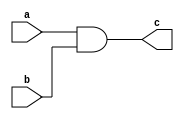
`timescale 1ns / 1ps

module And_Gate(input a,b, output c );

and and1 (c, a,b);
endmodule